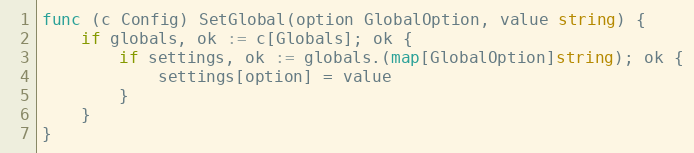
Language: Go
func (c Config) SetGlobal(option GlobalOption, value string) {
	if globals, ok := c[Globals]; ok {
		if settings, ok := globals.(map[GlobalOption]string); ok {
			settings[option] = value
		}
	}
}